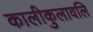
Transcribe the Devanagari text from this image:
कालीकुलावलि